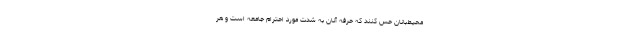
محیط‌بانان حس کنند که حرفه آنان به شدت مورد احترام جامعه است و هر